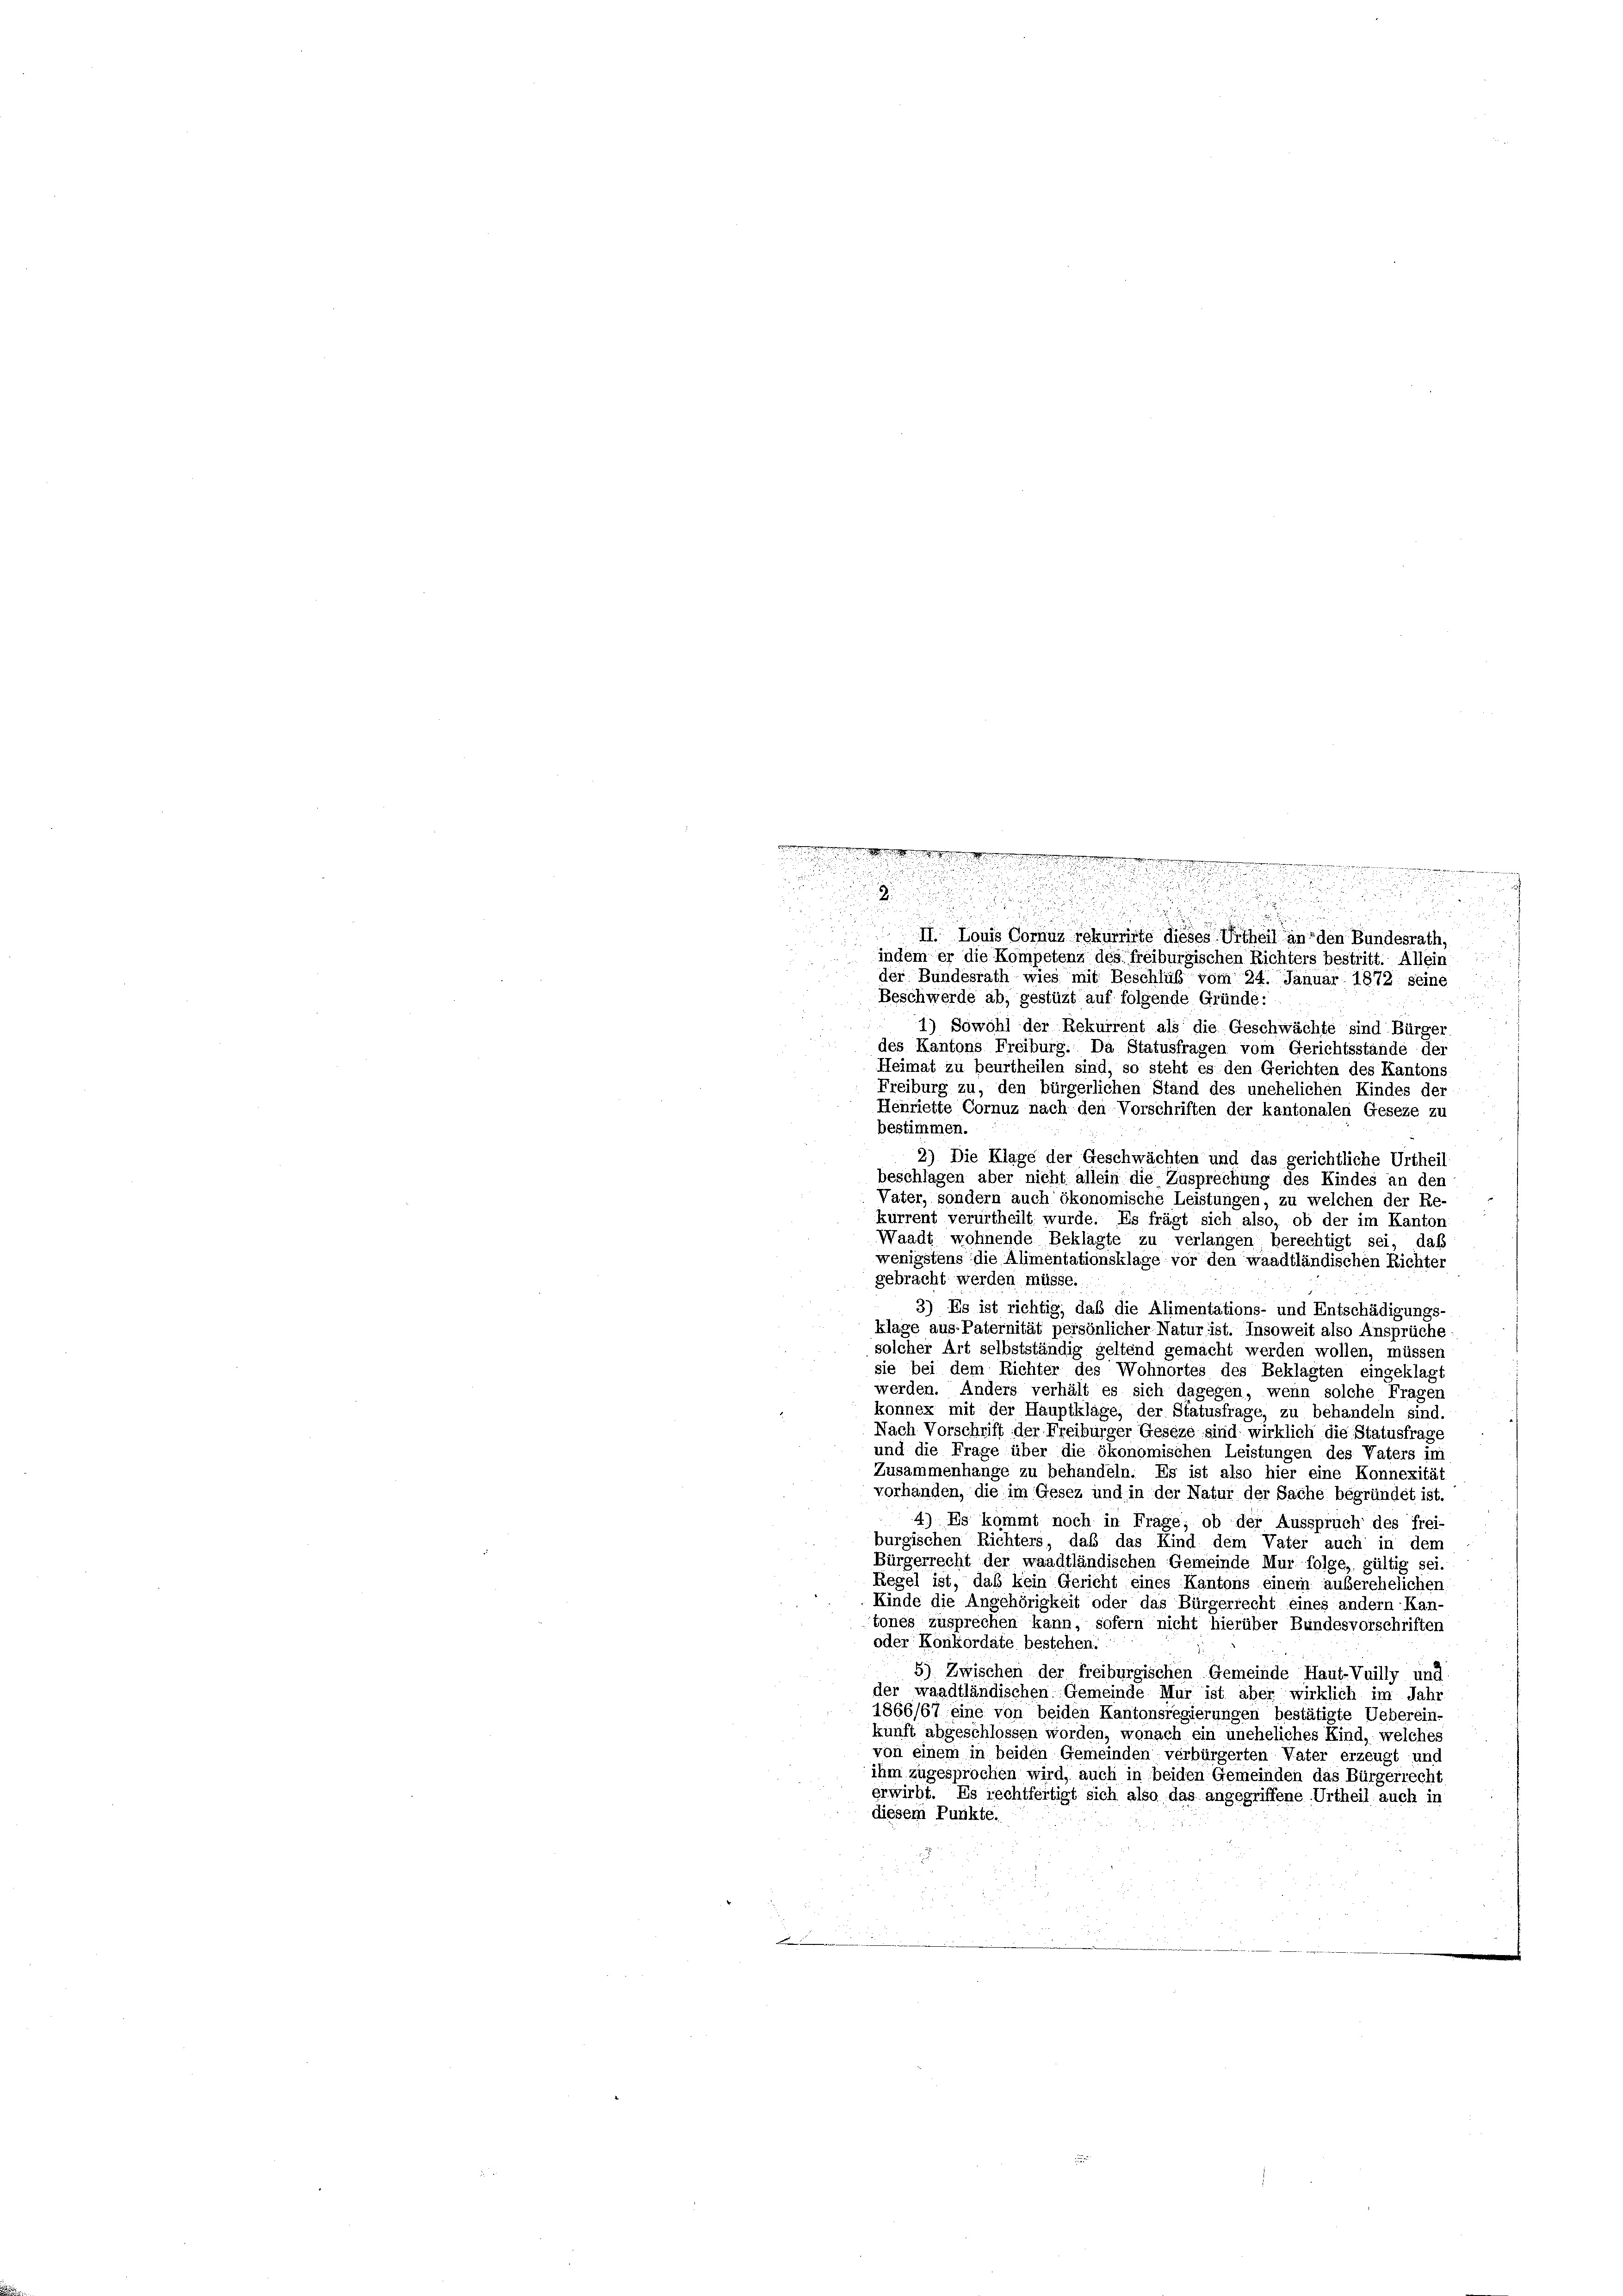
d   er denen en
.
i
.
dich eine sehen der hier seine
.
e
.
u

.

d

¬

II. Louis Cornuz rekurrirte dieses Urtheil an den Bundesrath,
indem er die Kompetenz des freiburgischen Richters bestritt. Allein
der Bundesrath wies mit Beschluß vom 24. Januar 1872 seine
Beschwerde ab, gestüzt auf folgende Gründe:
1) Sowohl der Rekurrent als die Geschwächte sind Bürger
des Kantons Freiburg. Da Statusfragen vom Gerichtsstände der
Heimat zu beurtheilen sind, so steht es den Gerichten des Kantons
Freiburg zu, den bürgerlichen Stand des unehelichen Kindes der
Henriette Cornuz nach den Vorschriften der kantonalen Geseze zu
bestimmen.
2) Die Klage der Geschwächten und das gerichtliche Urtheil
beschlagen aber nicht allein die Zusprechung des Kindes an den
Väter, sondern auch ökonomische Leistungen, zu welchen der Re-
kürrent verurtheilt wurde. Es frägt sich also, ob der im Kanton
Waadt wohnende Beklagte zu verlangen berechtigt sei, das
wenigstens die Alimentationsklage vor den waadtländischen Richter
gebracht werden müsse.
3) Es ist richtig, daß die Alimentations- und Entschädigungs-
klage aus Paternität persönlicher Natur ist. Insoweit also Ansprüche
solcher Art selbstständig geltend gemacht werden wollen, müssen
sie bei dem Richter des Wohnortes des Beklagten eingeklagt
werden. Anders verhält es sich dagegen, wenn solche Fragen
konnex mit der Hauptkläge, der Statusfrage, zu behandeln sind.
Nach Vorschrift der Freiburger Geseze sind wirklich die Statusfrage
und die Frage über die ökonomischen Leistungen des Vaters im
Zusammenhänge zu behandeln. Es ist also hier eine Konnexität
vorhanden, die im Gesez und in der Natur der Sache begründet ist.
4) Es kommt noch in Frage, ob der Ausspruch des frei-
burgischen Richters, daß das Kind dem Vater auch in dem
Bürgerrecht der waadtländischen Gemeinde Mur folge, gültig sei.
Regel ist, daß kein Gericht eines Kantons einem auserehelichen.
Kinde die Angehörigkeit oder das Bürgerrecht eines andern Kan-
tones zusprechen kann, sofern nicht hierüber Bundesvorschriften
oder Konkordate bestehen.
5) Zwischen der freiburgischen Gemeinde Haut-Vuilly und
der waadtländischen Gemeinde Mur ist aber wirklich im Jahr
1866/67 eine von beiden Kantonsregierungen bestätigte Ueberein-
kunft abgeschlossen worden, wonach ein uneheliches Kind, welches
von einem in beiden Gemeinden verbürgerten Vater erzeugt und
ihm zugesprochen wird, auch in beiden Gemeinden das Bürgerrecht
erwirbt. Es rechtfertigt sich also das angegriffene Urtheil auch in
diesem Punkte.